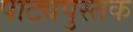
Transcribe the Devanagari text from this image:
पाट्यपुस्तक